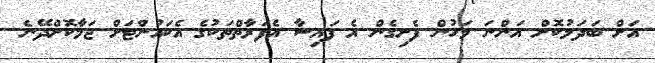
އަށް ބަދަލުކޮށް އަންނަ މަހުން ފެށިގެން އެ ފައިސާ އެފަރާތްތަކުގެ އެކައުންޓަށް ޖަމާކޮށްދޭނެ